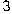
3